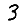
Digit: 3